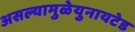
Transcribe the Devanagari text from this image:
असल्यामुळेयुनायटेड